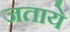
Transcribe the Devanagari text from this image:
जताये